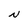
Character: N